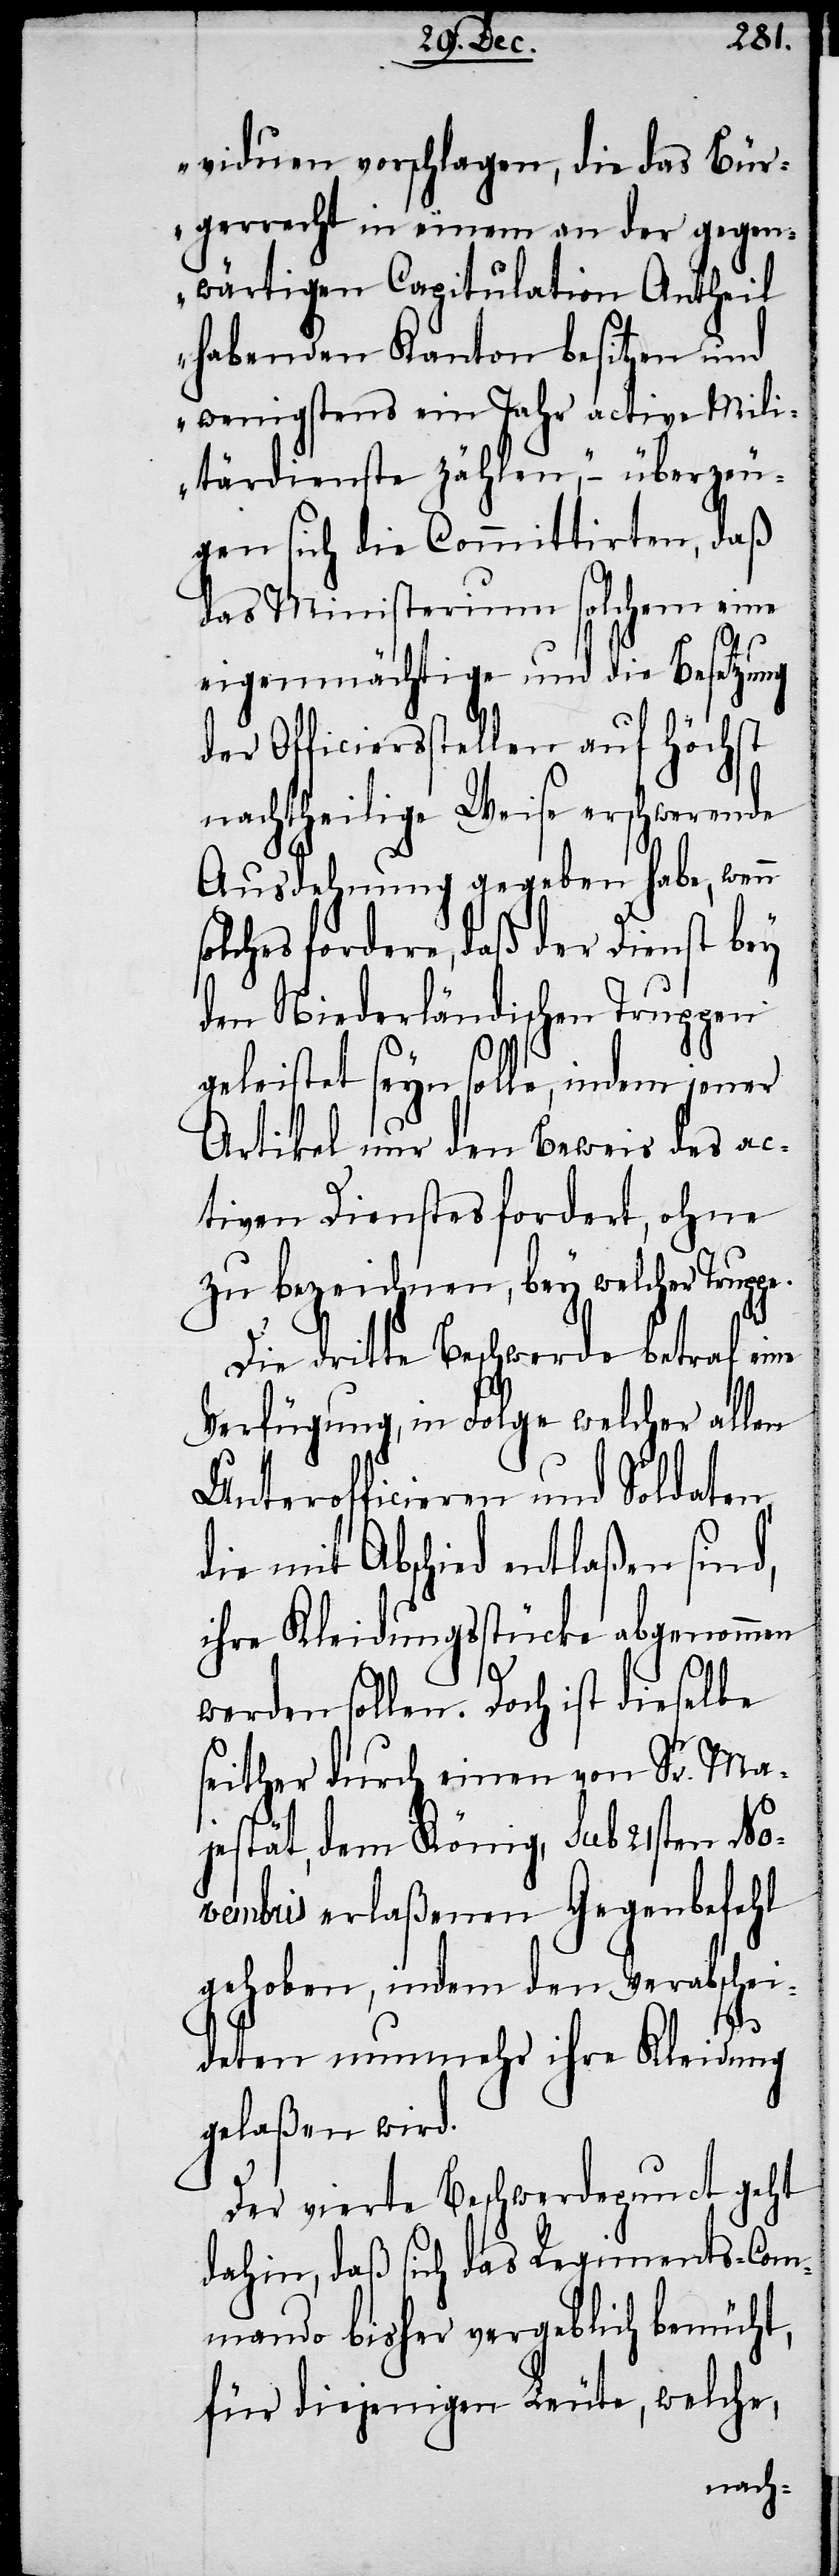
viduen vorschlagen, die das Bür¬
gerrecht in einem an der gegen¬
wärtigen Capitulation Antheil
habenden Kanton besitzen und
wenigstens ein Jahr active Mili¬
tärdienste zählen“, − überzeu¬
gen sich die Committirten, daß
das Ministerium solchem eine
eigenmächtige und die Besetzung
der Officiersstellen auf höchst
nachtheilige Weise erschwerende
Ausdehnung gegeben habe, wenn
solches fordere, daß der Dienst bey
den Niederländischen Truppen
geleistet seyn solle, indem jener
Artikel nur den Beweis des ac¬
tiven Dienstes fordert, ohne
zu bezeichnen, bey welcher Truppe.
Die dritte Beschwerde betraf eine
Verfügung, in Folge welcher allen
Unterofficieren und Soldaten,
die mit Abschied entlaßen sind,
ihre Kleidungsstücke abgenommen
werden sollen. Doch ist dieselbe
seither durch einen von Sr. Ma¬
jestät, dem König, sub 21sten No¬
vembris erlaßenen Gegenbefehl
gehoben, indem den Verabschei¬
deten nunmehr ihre Kleidung
gelaßen wird.
Der vierte Beschwerdepunct geht
dahin, daß sich das Regiments-Com¬
mando bisher vergeblich bemüht,
für diejenigen Leute, welche,